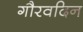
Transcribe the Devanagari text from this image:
गौरवदिन